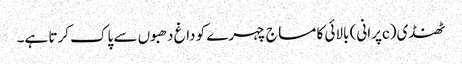
ٹھنڈی(cپرانی) بالائی کا مساج چہرے کو داغ دھبوں سے پاک کرتا ہے۔